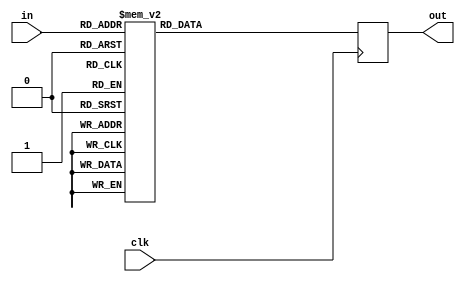
module sbox(input  wire [3:0] in, 
	    output reg  [3:0] out,
	    input wire clk);

   reg [3:0] 	       q;
   
   always @(posedge clk)
     out <= q;
   
   always @ (in) begin
      case (in)
	4'h0: q = 4'hc;
	4'h1: q = 4'h5;
	4'h2: q = 4'h6;
	4'h3: q = 4'hb;
	4'h4: q = 4'h9;
	4'h5: q = 4'h0;
	4'h6: q = 4'hA;
	4'h7: q = 4'hD;
	4'h8: q = 4'h3;
	4'h9: q = 4'hE;
	4'ha: q = 4'hF;
	4'hb: q = 4'h8;
	4'hc: q = 4'h4;
	4'hd: q = 4'h7;
	4'he: q = 4'h1;
	4'hf: q = 4'h2;
	default: q = 4'h0;
      endcase
   end
   
endmodule